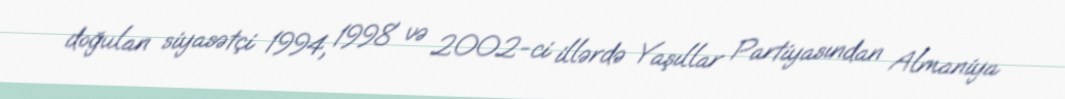
doğulan siyasətçi 1994, 1998 və 2002-ci illərdə Yaşıllar Partiyasından Almaniya